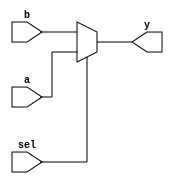
`timescale 1ns / 1ps

////////////////////////////////////////////////////////////////////////////////
// Company:       Universidad Nacional de Cordoba
//
// Module Name:   MUX
// Project Name:  MIPS
// Description:   MIPS 2-to-1 32-bit MUX implementation in verilog.
//
// Dependencies:  None
//
////////////////////////////////////////////////////////////////////////////////

module MUX(input [31:0] a,
           input [31:0] b, 
           input sel, 
           output [31:0] y);
	// If y = 1, select a; otherwise, select b.
	assign y = sel ? a : b;
endmodule